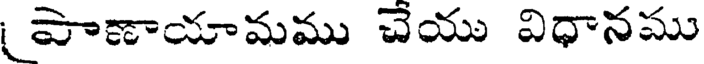
పాణాయామము చేయు విధానము